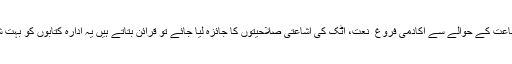
اگر اس "مجموعہ کلام " کی طباعت کے حوالے سے اکادمی فروغ ِ نعت، اٹک کی اشاعتی صلاحیتوں کا جائزہ لیا جائے تو قرائن بتاتے ہیں یہ ادارہ کتابوں کو بہت شوق و محبت سے سنوارتا ہے ۔